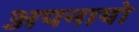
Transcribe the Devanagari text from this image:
अपनायो